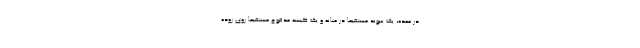
در معده، یک سوند مستقیماً در مثانه و یک کیسه مدفوع مستقیماً روی روده